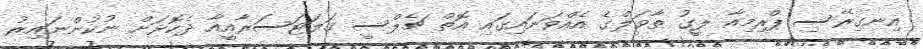
އިނގިރޭސި ޕްރިމިއާ ލީގު ތާވަލްގެ އެއްވަނައިގައި އޮތް ޗެލްސީ ގަލަޓަސަރާއީއާ ދެކޮޅަށް ނުކުންނައިރު